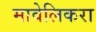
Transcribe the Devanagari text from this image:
मावेलिकरा